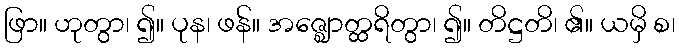
ဖြာ။ ဟုတွာ၊ ၍။ ပုန၊ ဖန်။ အဇ္ဈောတ္ထရိတွာ၊ ၍။ တိဋ္ဌတိ၊ ၏။ ယမှိ စ၊